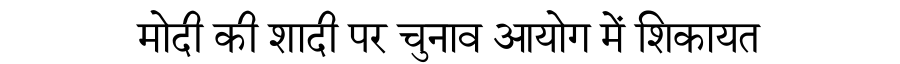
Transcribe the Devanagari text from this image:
मोदी की शादी पर चुनाव आयोग में शिकायत